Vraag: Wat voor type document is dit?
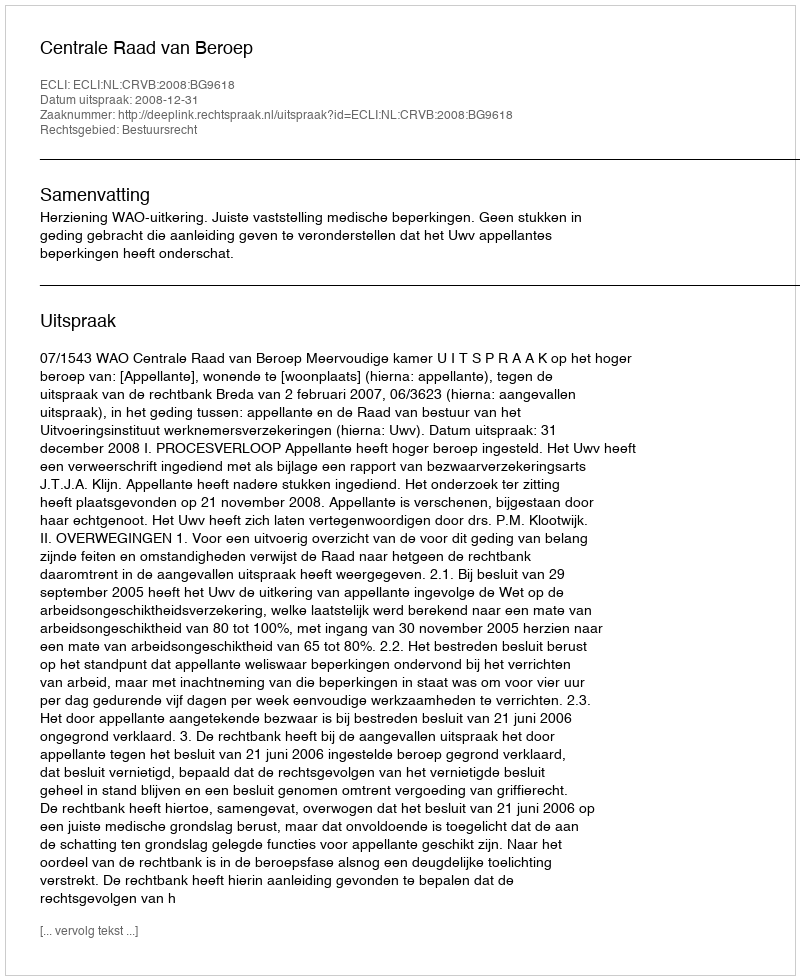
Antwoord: Uitspraak